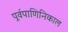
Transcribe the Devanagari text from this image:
पूर्वपाणिनिकाल